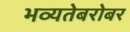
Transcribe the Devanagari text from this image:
भव्यतेबरोबर